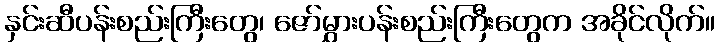
နှင်းဆီပန်းစည်းကြီးတွေ၊ ဇော်မွှားပန်းစည်းကြီးတွေက အခိုင်လိုက်။